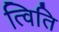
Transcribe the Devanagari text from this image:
त्विति